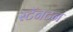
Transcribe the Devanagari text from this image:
स्टॅनटन